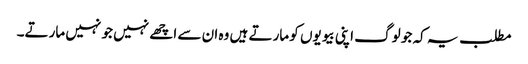
مطلب یہ کہ جو لوگ اپنی بیویوں کو مارتے ہیں وہ ان سے اچھے نہیں جو نہیں مارتے۔